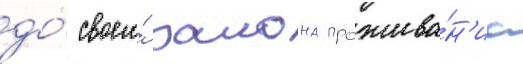
до́ своего́ раиона прожива́н'иа